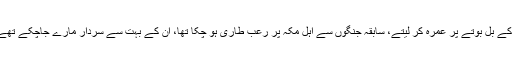
لیکن حضورﷺ نے صلح کو مع کل شرائط قبول کیا، اگر آپ چاہتے تو زبردستی اپنی طاقت کے بل بوتے پر عمرہ کر لیتے، سابقہ جنگوں سے اہل مکہ پر رعب طاری ہو چکا تھا، ان کے بہت سے سردار مارے جاچکے تھے، اور مسلمانوں کی تعداد بھی بہت زیادہ تھی لیکن بغیر ادائیگی عمرہ کے واپس چلے گئے۔